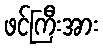
ဖင်ကြီးအား